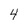
Character: 4